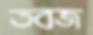
তবজ